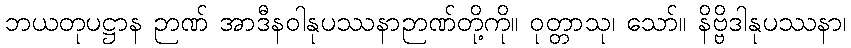
ဘယတုပဋ္ဌာန ဉာဏ် အာဒီနဝါနုပဿနာဉာဏ်တို့ကို။ ဝုတ္တာသု၊ သော်။ နိဗ္ဗိဒါနုပဿနာ၊